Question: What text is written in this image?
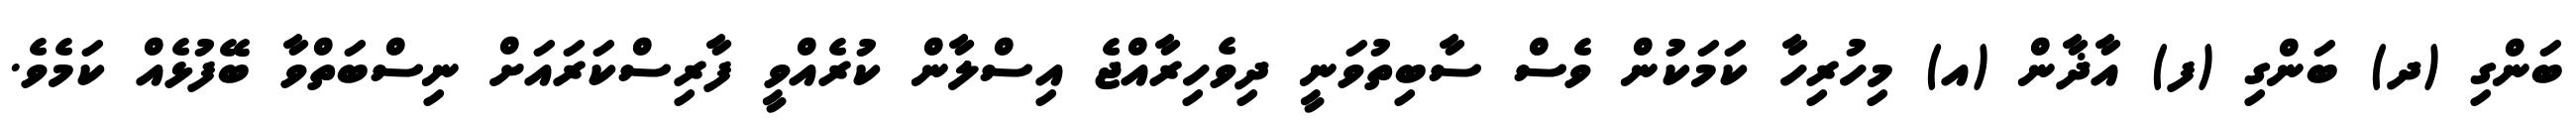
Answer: ބަންގި (ދ) ބަންގި (ފ) އާޛާން (އ) މިހުރިހާ ކަމަކުން ވެސް ސާބިތުވަނީ ދިވެހިރާއްޖެ އިސްލާން ކުރެއްވީ ފާރިސްކަރައަށް ނިސްބަތްވާ ބޭފުޅެއް ކަމެވެ.